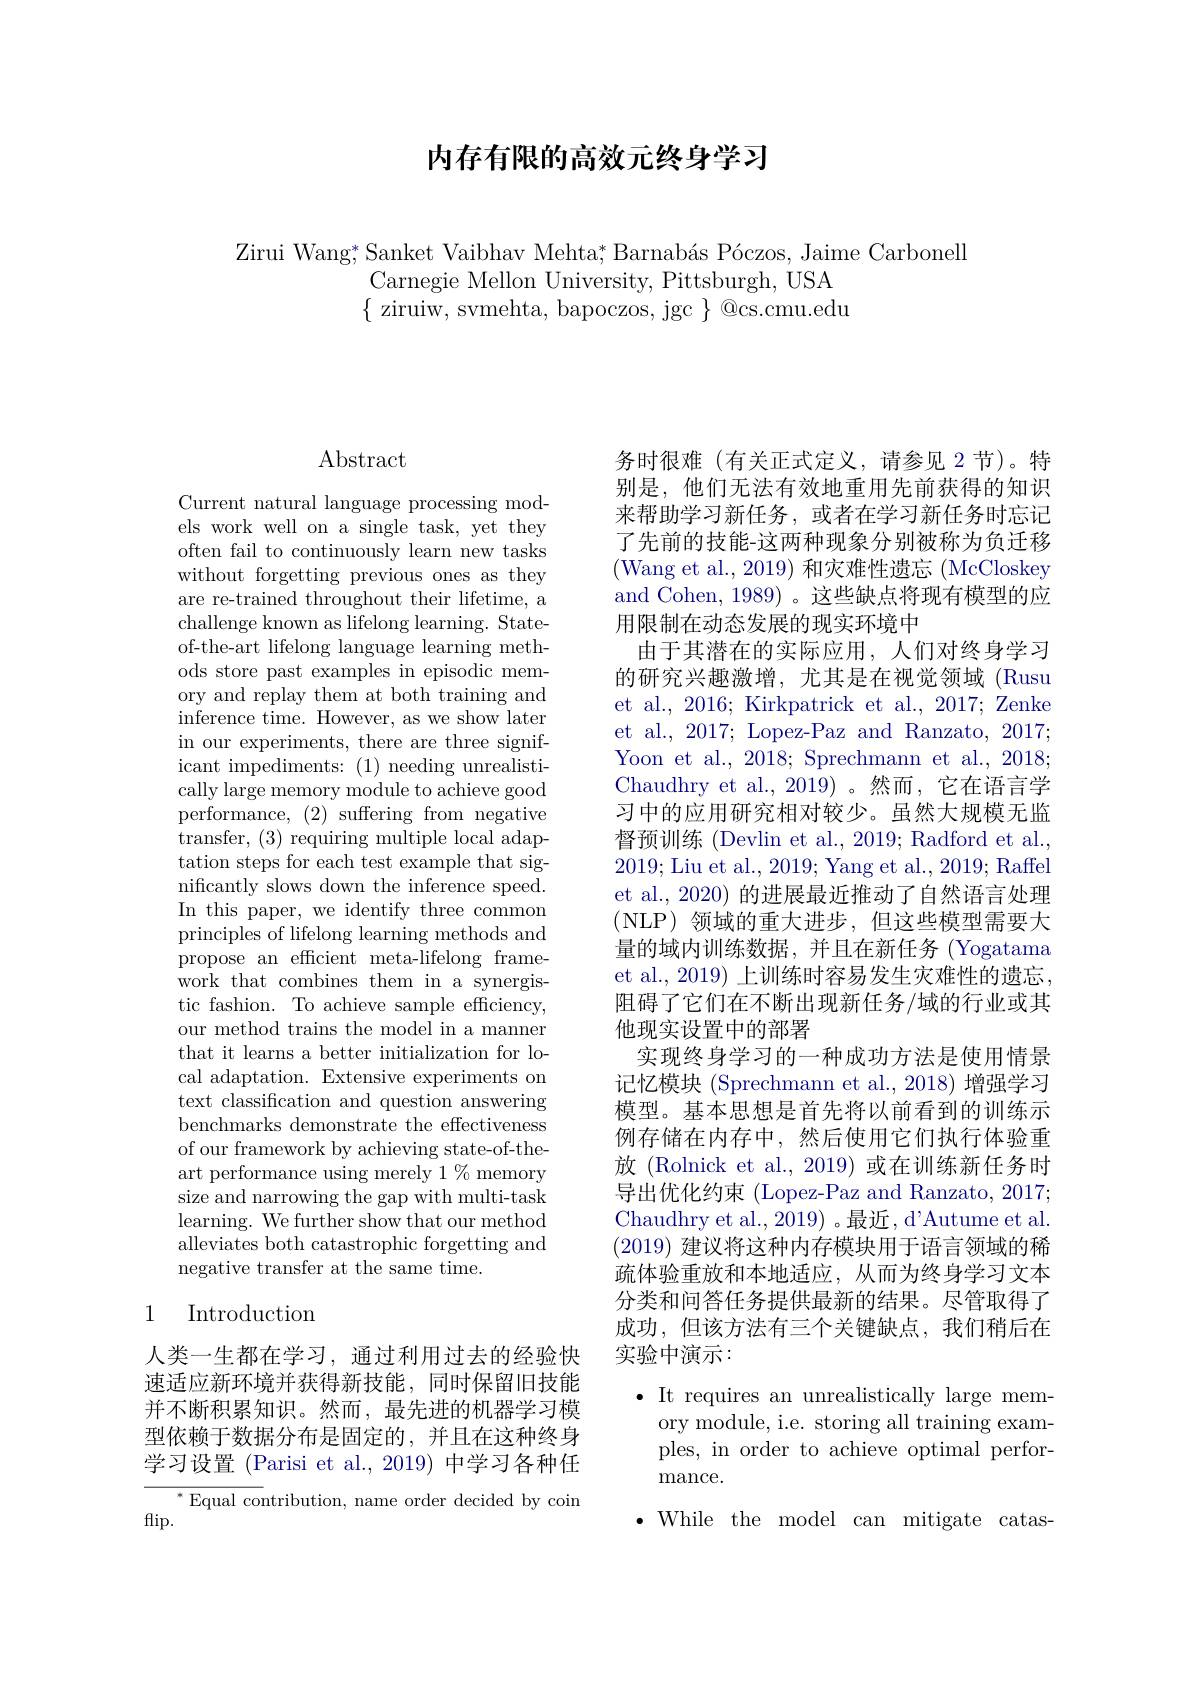
# 内存有限的高效元终身学习

Zirui Wang; Sanket Vaibhav Mehta; Barnabás Póczos, Jaime Carbonell
Carnegie Mellon University, Pittsburgh, USA $\{$ziruiw, svmehta, bapoczos, jgc$\}@$cs.cmu.edu

# Abstract

Current natural language processing models work well on a single task, yet they often fail to continuously learn new tasks without forgetting previous ones as they are re-trained throughout their lifetime, a challenge known as lifelong learning. Stateof-the-art lifelong language learning methods store past examples in episodic memory and replay them at both training and inference time. However, as we show later in our experiments, there are three significant impediments: (1) needing unrealistically large memory module to achieve good performance, (2) suffering from negative transfer, (3) requiring multiple local adaptation steps for each test example that significantly slows down the inference speed. In this paper, we identify three common principles of lifelong learning methods and propose an efficient meta-lifelong framework that combines them in a synergistic fashion. To achieve sample efficiency, our method trains the model in a manner that it learns a better initialization for local adaptation. Extensive experiments on text classification and question answering benchmarks demonstrate the effectiveness of our framework by achieving state-of-theart performance using merely 1%memory size and narrowing the gap with multi-task learning. We further show that our method alleviates both catastrophic forgetting and negative transfer at the same time.

## 1 Introduction

人类一生都在学习，通过利用过去的经验快速适应新环境并获得新技能，同时保留旧技能并不断积累知识。然而，最先进的机器学习模型依赖于数据分布是固定的，并且在这种终身学习设置 (Parisi et al., 2019) 中学习各种任

${^*\text{Equal co}}$ntribution, name order decided by coin
$\operatorname*{flip.}$

务时很难(有关正式定义，请参见 2节)。特别是，他们无法有效地重用先前获得的知识来帮助学习新任务，或者在学习新任务时忘记了先前的技能-这两种现象分别被称为负迁移(Wang et al., 2019) 和灾难性遗忘 (McCloskey and Cohen, 1989) 。这些缺点将现有模型的应用限制在动态发展的现实环境中
由于其潜在的实际应用，人们对终身学习的研究兴趣激增，尤其是在视觉领域(Rusu et al., 2016; Kirkpatrick et al., 2017; Zenke et al., 2017; Lopez-Paz and Ranzato, 2017; Yoon et al., 2018; Sprechmann et al., 2018; Chaudhry et al.,2019)。然而，它在语言学习中的应用研究相对较少。虽然大规模无监督预训练 (Devlin et al., 2019; Radford et al., 2019; Liu et al., 2019; Yang et al., 2019; Raffel et al., 2020) 的进展最近推动了自然语言处理(NLP)领域的重大进步，但这些模型需要大量的域内训练数据，并且在新任务 (Yogatama et al., 2019) 上训练时容易发生灾难性的遗忘， 阻碍了它们在不断出现新任务/域的行业或其他现实设置中的部署
实现终身学习的一种成功方法是使用情景记忆模块 (Sprechmann et al.,2018) 增强学习模型。基本思想是首先将以前看到的训练示例存储在内存中，然后使用它们执行体验重放 (Rolnick et al.,2019) 或在训练新任务时导出优化约束 (Lopez-Paz and Ranzato, 2017; Chaudhry et al., 2019) 。最近，d'Autume et al. (2019)建议将这种内存模块用于语言领域的稀疏体验重放和本地适应，从而为终身学习文本分类和问答任务提供最新的结果。尽管取得了成功，但该方法有三个关键缺点，我们稍后在实验中演示：
$\bullet$ It requires an unrealistically large mem-

ory module, i.e. storing all training examples, in order to achieve optimal performance.
$\bullet$ While the model can mitigate catas-